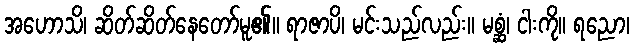
အဟောသိ၊ ဆိတ်ဆိတ်နေတော်မူ၏။ ရာဇာပိ၊ မင်းသည်လည်း။ မစ္ဆံ၊ ငါးကို။ ရညော၊